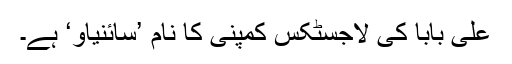
علی بابا کی لاجسٹکس کمپنی کا نام ’سائنیاؤ‘ ہے۔